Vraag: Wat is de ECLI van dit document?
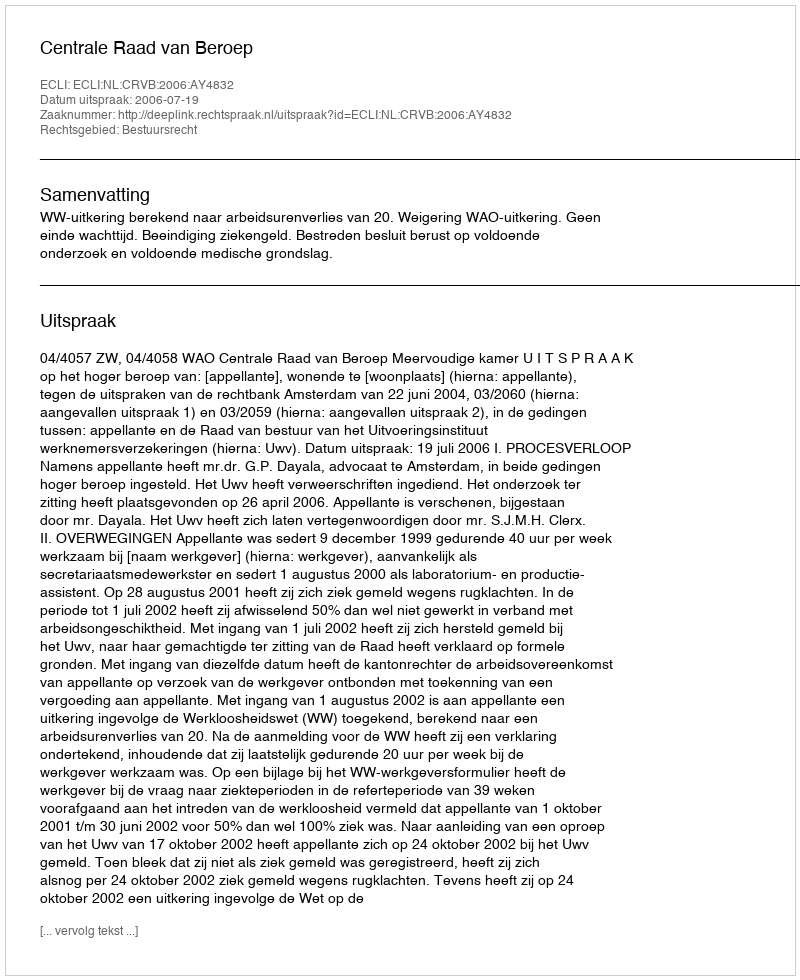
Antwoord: ECLI:NL:CRVB:2006:AY4832